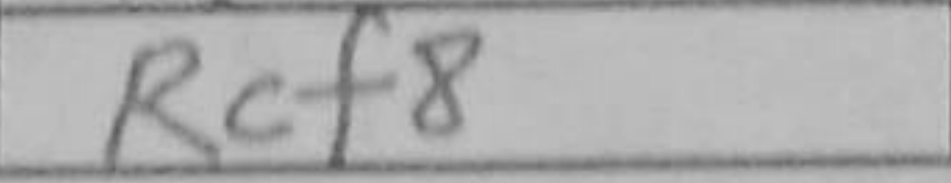
Transcription: Rcf8